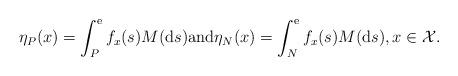
LaTeX: \begin{align*}\eta_P(x)=\int^{\rm {e}}_{P} f_x(s)M(\mathrm{d}s)\mbox{and}\eta_N(x)=\int^{\rm {e}}_{N} f_x(s)M(\mathrm{d}s) ,x\in \mathcal{X}.\end{align*}